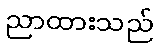
ညာထားသည်